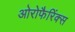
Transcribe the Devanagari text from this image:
ओरोफैरिंक्स